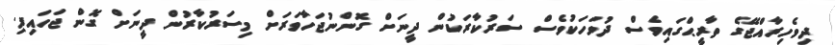
ދިވެހިރާއްޖޭގެ ތާރީޙްގައިވެސް ދުވަހަކުވެސް ސަރުކާރަކުން ދީނަށް ގޮންނުޖަހާވަރަށް މިސަރުކާރުން ދީނަށް ގޮން ޖަހައިފި.